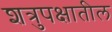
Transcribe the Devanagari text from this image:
शत्रुपक्षातील